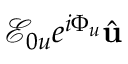
\mathcal { E } _ { 0 u } e ^ { i \Phi _ { u } } \hat { \mathbf { u } }